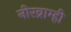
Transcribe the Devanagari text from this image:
नीरब्राम्‍ही